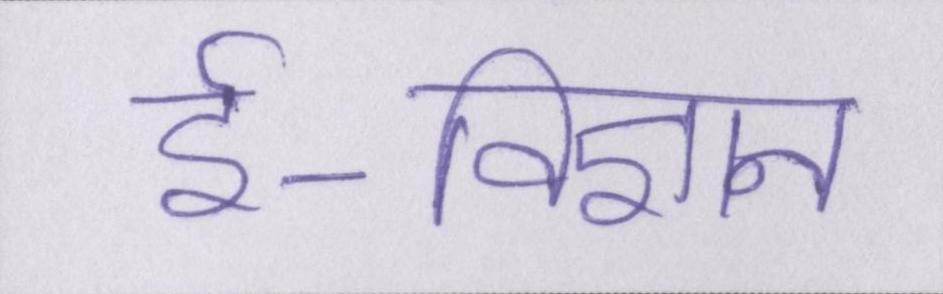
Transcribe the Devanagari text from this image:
ई-विज्ञान